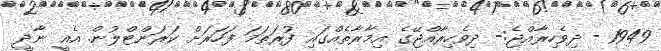
1949 - ދިވެހިރާއްޖެ:- ދިވެހިރާއްޖޭގެ އިމާރާތެއްގައި ފުރަތަމަ ފަހަރަށް ކަރަންޓްލުން. އެއީ ނާދީ